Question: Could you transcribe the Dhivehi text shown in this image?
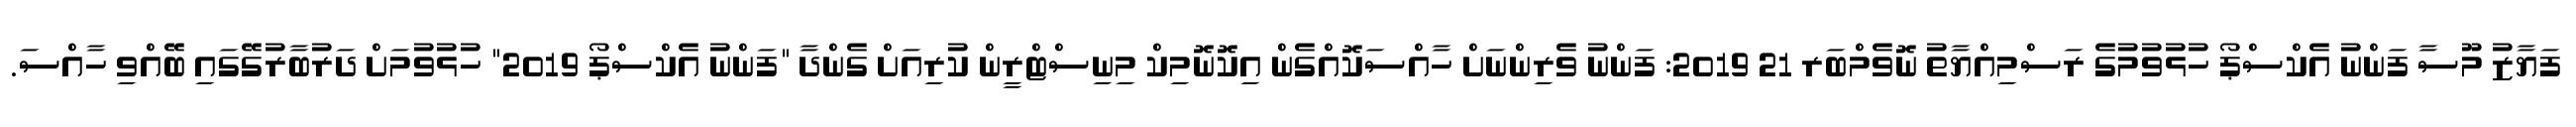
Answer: ފަޔާޒު މޫސާ ފަންނު އެކްސްޕޯ ހުޅުވުމުގެ ރަސްމިއްޔާތު ނޮވެމްބަރ 21 2019: ފަންނު ވެރިންނަށް ހާއްސަކޮއްގެން އިކޮނޮމިކް މިނިސްޓްރީން ކުރިއަށް ގެންދާ "ފަންނު އެކްސްޕޯ 2019" ހުޅުވުމަށް ދަރުބާރުގޭގައި ބޭއްވި ހާއްސަ.